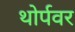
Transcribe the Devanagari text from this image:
थोर्पवर